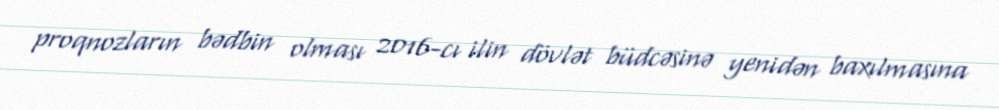
proqnozların bədbin olması 2016-cı ilin dövlət büdcəsinə yenidən baxılmasına